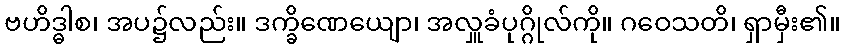
ဗဟိဒ္ဓါစ၊ အပ၌လည်း။ ဒက္ခိဏေယျော၊ အလှူခံပုဂ္ဂိုလ်ကို။ ဂဝေသတိ၊ ရှာမှီး၏။